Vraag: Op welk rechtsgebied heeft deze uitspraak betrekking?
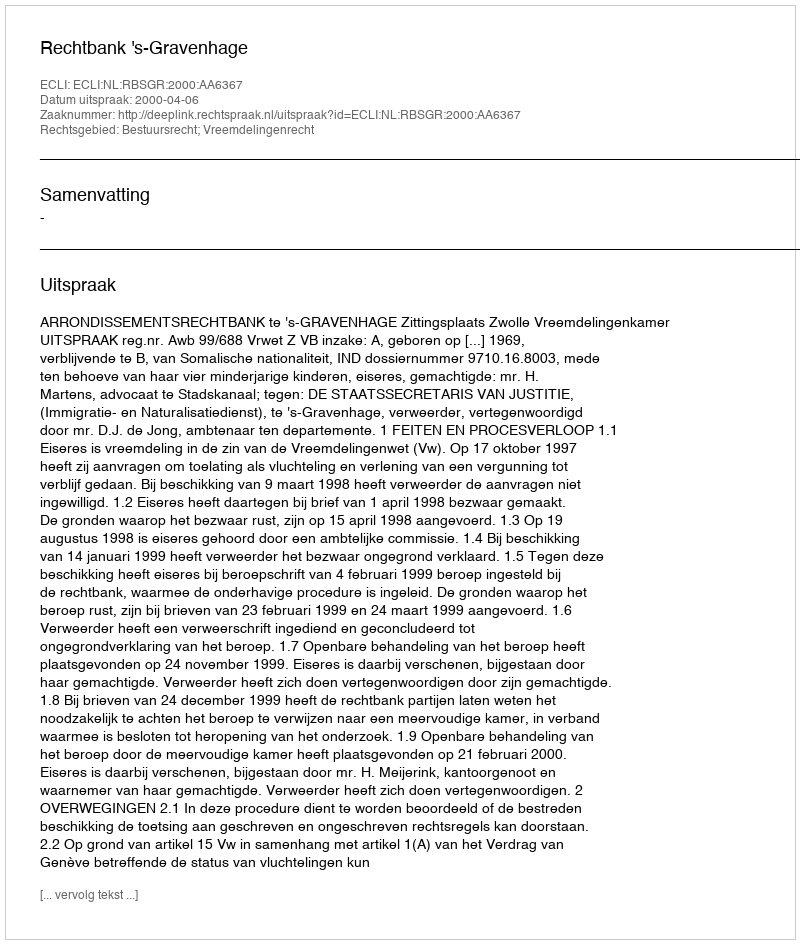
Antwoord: Bestuursrecht; Vreemdelingenrecht